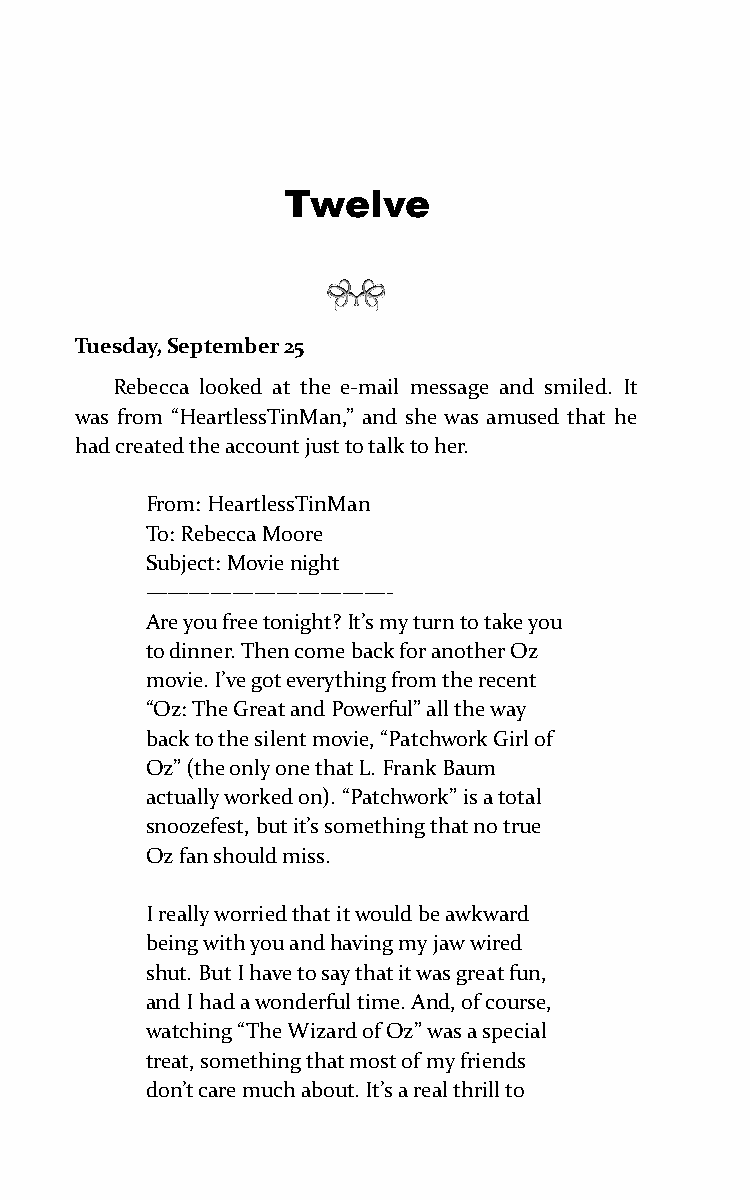
Twelve
 Tuesday, September 25
 Rebecca looked at the e-mail message and smiled. It
 was from “HeartlessTinMan,” and she was amused that he
 had created the account just to talk to her.
 From: HeartlessTinMan
 To: Rebecca Moore
 Subject: Movie night
 ———————————-
 Are you free tonight? It’s my turn to take you
 to dinner. Then come back for another Oz
 movie. I’ve got everything from the recent
 “Oz: The Great and Powerful” all the way
 back to the silent movie, “Patchwork Girl of
 Oz” (the only one that L. Frank Baum
 actually worked on). “Patchwork” is a total
 snoozefest, but it’s something that no true
 Oz fan should miss.
 I really worried that it would be awkward
 being with you and having my jaw wired
 shut. But I have to say that it was great fun,
 and I had a wonderful time. And, of course,
 watching “The Wizard of Oz” was a special
 treat, something that most of my friends
 don’t care much about. It’s a real thrill to